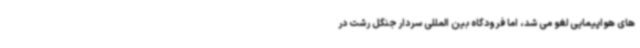
های هواپیمایی لغو می شد، اما فرودگاه بین المللی سردار جنگل رشت در